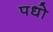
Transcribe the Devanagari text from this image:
पधो